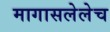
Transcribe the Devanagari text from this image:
मागासलेलेच